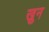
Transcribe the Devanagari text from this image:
ख़ुन